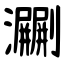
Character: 㶜